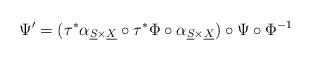
LaTeX: \begin{align*}\Psi'=(\tau^{*}\alpha_{\underline{S}\times\underline{X}}\circ\tau^{*}\Phi\circ\alpha_{\underline{S}\times\underline{X}})\circ\Psi\circ\Phi^{-1}\end{align*}